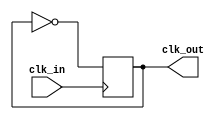
module clock_generator (
  input wire clk_in,
  output wire clk_out
);

// Clock signal generation
always @ (posedge clk_in)
begin
  clk_out <= ~clk_out;
end

endmodule